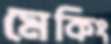
মেকিং